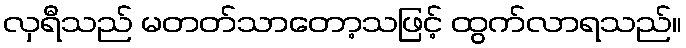
လှရီသည် မတတ်သာတော့သဖြင့် ထွက်လာရသည်။